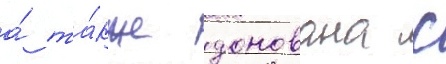
а́ та́кже донована с